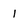
Character: 1